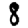
Digit: 8